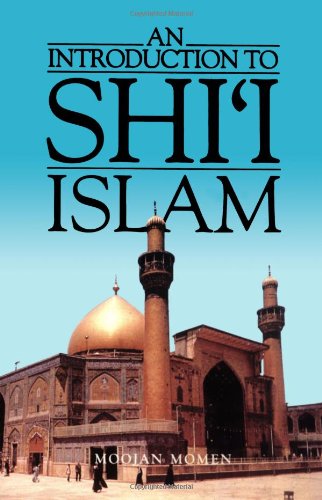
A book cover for An Introduction to Shi`i Islam: The History and Doctrines of Twelver Shi`ism; Moojan Momen; Religion & Spirituality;